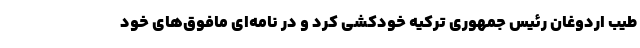
طیب اردوغان رئیس جمهوری ترکیه خودکشی کرد و در نامه‌ای مافوق‌های خود